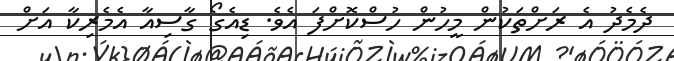
ދެމެދު އެ ރަށްތަކުން މީހުން ހުސްކޮށްފަ އެވެ. ޑިއެގޯ ގާސިއާ އެމެރިކާ އަށް